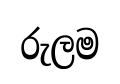
රුලම